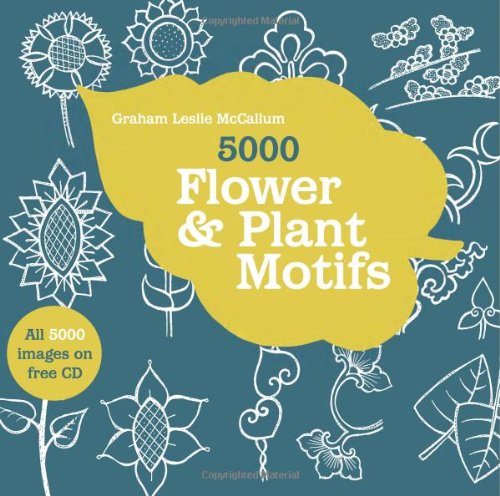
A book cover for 5000 Flower & Plant Motifs; Graham Leslie McCallum; Arts & Photography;